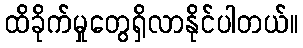
ထိခိုက်မှုတွေရှိလာနိုင်ပါတယ်။